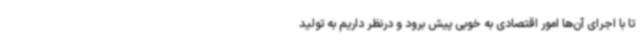
تا با اجرای آن‌ها امور اقتصادی به خوبی پیش برود و درنظر داریم به تولید